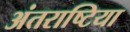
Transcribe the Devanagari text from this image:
अंतराष्टिया